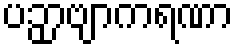
ပဉှာဗျာကရဏာ